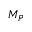
M _ { P }